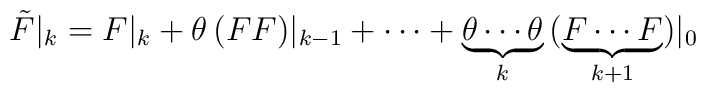
\tilde{F}|_k=F|_k+\theta\,(FF)|_{k-1}+\cdots+\underbrace{\theta\cdots\theta}_k\,(\underbrace{F\cdots F}_{k+1})|_0